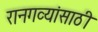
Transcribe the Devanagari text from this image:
रानगव्यांसाठी